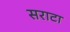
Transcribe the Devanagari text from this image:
सराटा